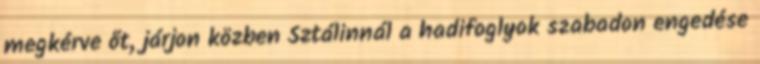
megkérve őt, járjon közben Sztálinnál a hadifoglyok szabadon engedése